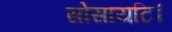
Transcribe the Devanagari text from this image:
सोसायटि।